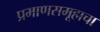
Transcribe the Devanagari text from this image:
प्रमाणसमूहाचा